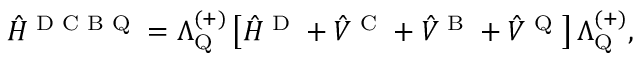
\hat { H } ^ { \textrm { D C B Q } } = \Lambda _ { \mathrm { Q } } ^ { ( + ) } \left[ \hat { H } ^ { \textrm { D } } + \hat { V } ^ { \textrm { C } } + \hat { V } ^ { \textrm { B } } + \hat { V } ^ { \textrm { Q } } \right] \Lambda _ { \mathrm { Q } } ^ { ( + ) } ,